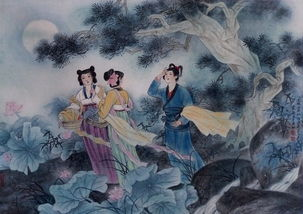
竹喧归浣女，莲动下渔舟。